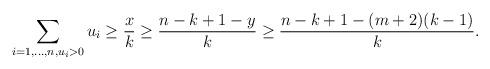
LaTeX: \begin{align*}\sum\limits_{i=1,\ldots,n,u_i>0} u_i\geq \frac{x}{k} \geq \frac{n-k+1-y}{k} \geq \frac{n-k+1-(m+2)(k-1)}{k}.\end{align*}